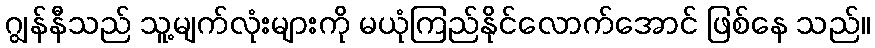
ဂျွန်နီသည် သူ့မျက်လုံးများကို မယုံကြည်နိုင်လောက်အောင် ဖြစ်နေ သည်။